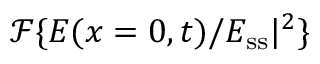
\mathcal { F } \{ E ( x = 0 , t ) / E _ { \mathrm { s s } } | ^ { 2 } \}